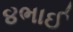
૪ભાઈ